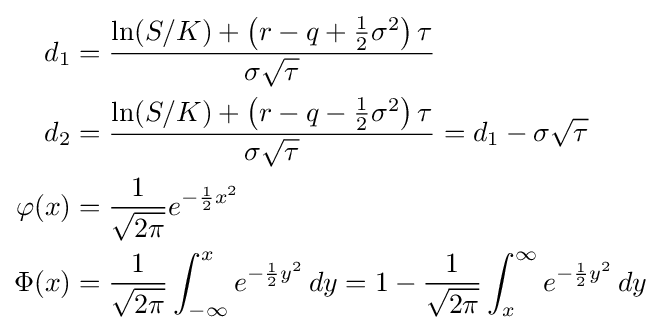
{\begin{aligned}d_{1}&={\frac {\ln(S/K)+\left(r-q+{\frac {1}{2}}\sigma ^{2}\right)\tau }{\sigma {\sqrt {\tau }}}}\\d_{2}&={\frac {\ln(S/K)+\left(r-q-{\frac {1}{2}}\sigma ^{2}\right)\tau }{\sigma {\sqrt {\tau }}}}=d_{1}-\sigma {\sqrt {\tau }}\\\varphi (x)&={\frac {1}{\sqrt {2\pi }}}e^{-{\frac {1}{2}}x^{2}}\\\Phi (x)&={\frac {1}{\sqrt {2\pi }}}\int _{-\infty }^{x}e^{-{\frac {1}{2}}y^{2}}\,dy=1-{\frac {1}{\sqrt {2\pi }}}\int _{x}^{\infty }e^{-{\frac {1}{2}}y^{2}}\,dy\end{aligned}}